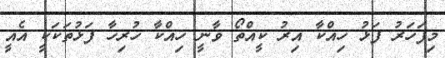
މިފަހަރު ފަޅު ހިއްކާ އިރު ކީއްތޯ ވާނީ ހިއްކާ ހުރިހާ ފަޅުތަކަކީ އެއީ